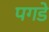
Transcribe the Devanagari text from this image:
पगडे